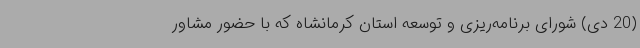
(20 دی) شورای برنامه‌ریزی و توسعه استان کرمانشاه که با حضور مشاور